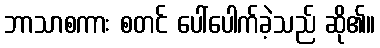
ဘာသာစကား စတင် ပေါ်ပေါက်ခဲ့သည် ဆို၏။